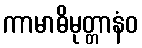
ကာမာဓိမုတ္တာနံဝ